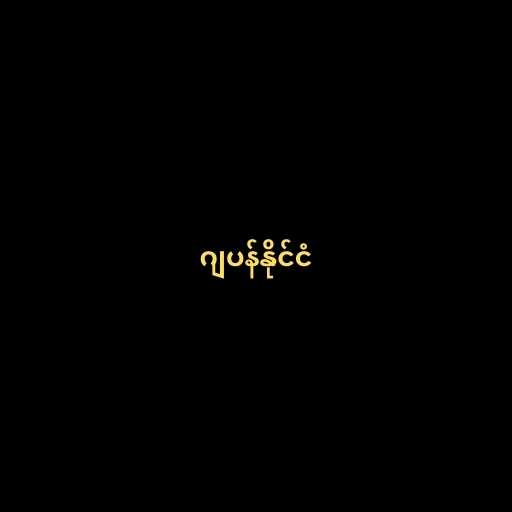
ဂျပန်နိုင်ငံ